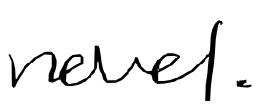
Text: novel.
Cross-out: clean
Writing tool: digital_black